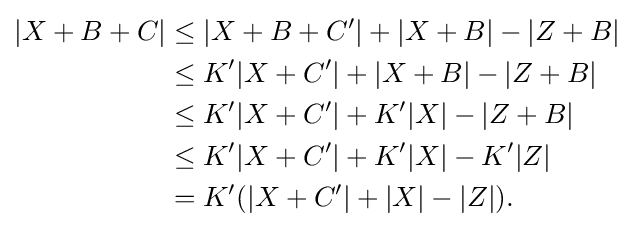
{\begin{aligned}|X+B+C|&\leq |X+B+C'|+|X+B|-|Z+B|\\&\leq K'|X+C'|+|X+B|-|Z+B|\\&\leq K'|X+C'|+K'|X|-|Z+B|\\&\leq K'|X+C'|+K'|X|-K'|Z|\\&=K'(|X+C'|+|X|-|Z|).\end{aligned}}